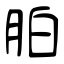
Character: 胉